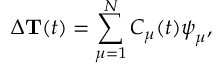
\Delta { { \bf T } } ( t ) = \sum _ { \mu = 1 } ^ { N } C _ { \mu } ( t ) \boldsymbol { \psi } _ { \mu } ,